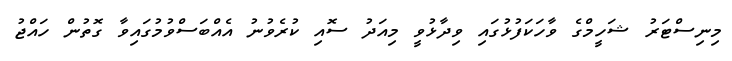
މިނިސްޓަރު ޝަހީމްގެ ވާހަކަފުޅުގައި ވިދާޅުވީ މިއަދު ސޮއި ކުރެވުނު އެއްބަސްވުމުގައިވާ ގޮތުން ހައްޖު